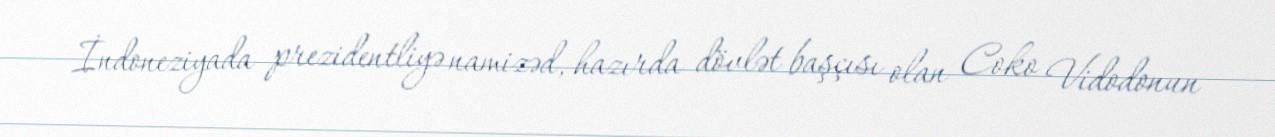
İndoneziyada prezidentliyə namizəd, hazırda dövlət başçısı olan Coko Vidodonun